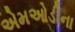
એમઓડીના